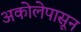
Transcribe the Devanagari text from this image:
अकोलेपासून